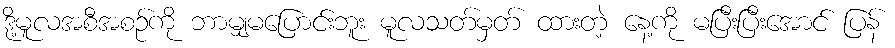
ဒို့မူလအစီအစဉ်ကို ဘာမျှမပြောင်းဘူး မူလသတ်မှတ် ထားတဲ့ နေ့ကို မပြီးပြီးအောင် ပြန်